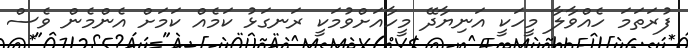
ފުރަތަމަ ހެއްވާލާ މީހަކީ އަނިޔާދޭ މީހާއަށްވުމަކީ ރަނގަޅު ކަމެއް ކަމަށް އެންމެން ވެސް